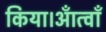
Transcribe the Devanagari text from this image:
किया।आँत्वाँ